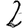
Digit: 2